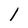
Character: l